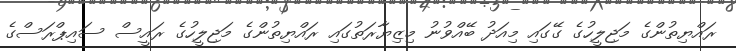
ރައްޔިތުންގެ މަޖިލީހުގެ ގޭގައި މިއަދު ބޭއްވުނު މިޒިޔާރަތުގައި ރައްޔިތުންގެ މަޖިލީހުގެ ރައީސް ސައިޕްރަސްގެ